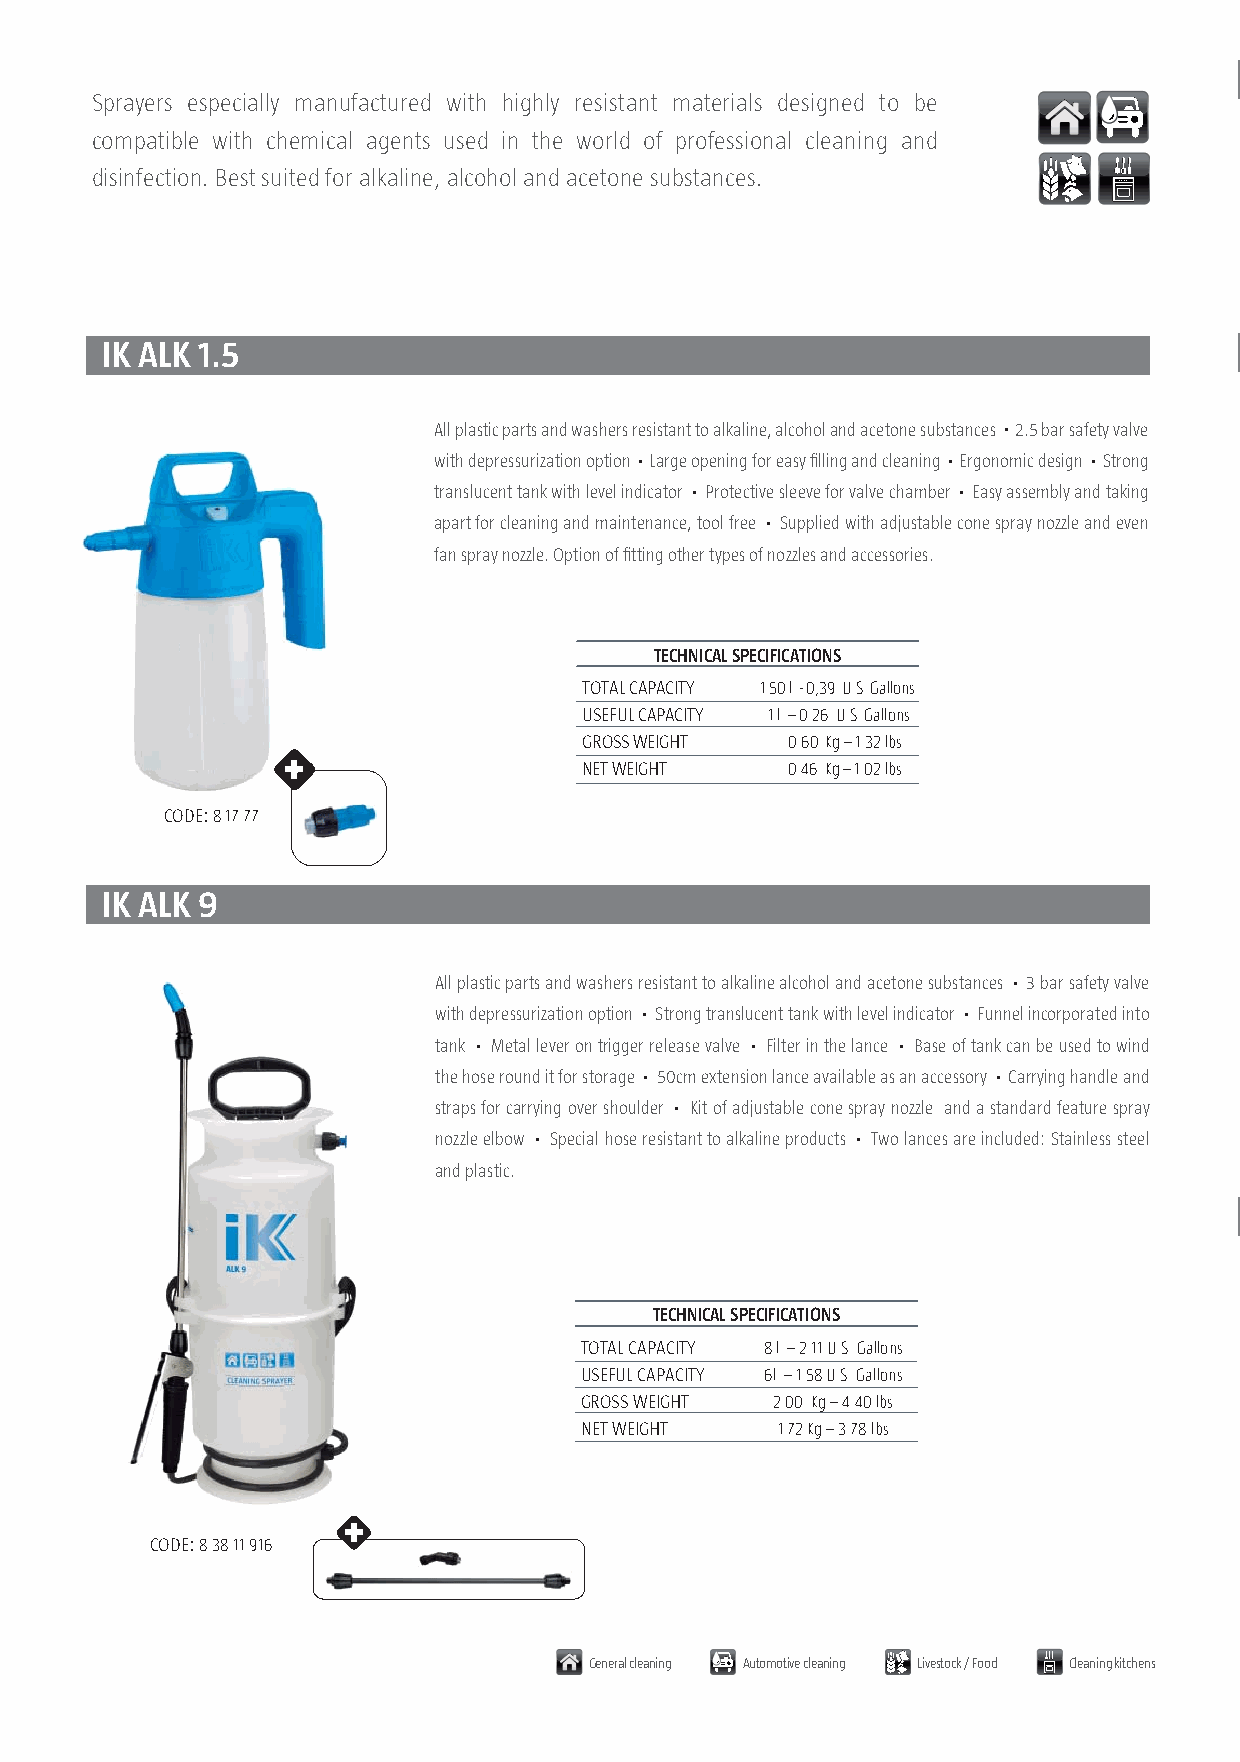
Sprayers especially manufactured with highly resistant materials designed to be
 compatible with chemical agents used in the world of professional cleaning and
 disinfection. Best suited for alkaline, alcohol and acetone substances.
 IK ALK 1.5
 All plastic parts and washers resistant to alkaline, alcohol and acetone substances . 2.5 bar safety valve
 with depressurization option . Large opening for easy fi lling and cleaning . Ergonomic design . Strong
 translucent tank with level indicator . Protective sleeve for valve chamber . Easy assembly and taking
 apart for cleaning and maintenance, tool free . Supplied with adjustable cone spray nozzle and even
 fan spray nozzle. Option of fi tting other types of nozzles and accessories.
 TECHNICAL SPECIFICATIONS
 TOTAL CAPACITY 1.50 l. - 0,39 U.S. Gallons.
 USEFUL CAPACITY 1 l. – 0.26 U.S. Gallons.
 GROSS WEIGHT 0.60 Kg – 1.32 lbs.
 NET WEIGHT   0.46 Kg – 1.02 lbs.
 CODE: 8.17.77
 IK ALK 9
 All plastic parts and washers resistant to alkaline alcohol and acetone substances . 3 bar safety valve
 with depressurization option . Strong translucent tank with level indicator . Funnel incorporated into
 tank . Metal lever on trigger release valve . Filter in the lance . Base of tank can be used to wind
 the hose round it for storage . 50cm extension lance available as an accessory . Carrying handle and
 straps for carrying over shoulder . Kit of adjustable cone spray nozzle and a standard feature spray
 nozzle elbow . Special hose resistant to alkaline products . Two lances are included: Stainless steel
 and plastic.
 TECHNICAL SPECIFICATIONS
 TOTAL CAPACITY 8 l. – 2.11 U.S. Gallons.
 USEFUL CAPACITY 6l. – 1.58 U.S. Gallons.
 GROSS WEIGHT 2.00 Kg – 4.40 lbs.
 NET WEIGHT   1.72 Kg – 3.78 lbs.
 CODE: 8.38.11.916
 General cleaning Automotive cleaning Livestock / Food Cleaning kitchens